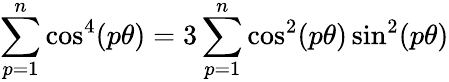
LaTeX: \sum_{p=1}^{n}\cos^{4}(p\theta)=3\sum_{p=1}^{n}\cos^{2}(p\theta)\sin^{2}(p\theta)